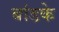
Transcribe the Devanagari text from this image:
बांडके